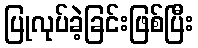
ပြုလုပ်ခဲ့ခြင်းဖြစ်ပြီး